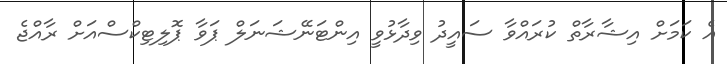
އެ ކަމަށް އިޝާރާތް ކުރައްވާ ސައީދު ވިދާޅުވީ އިންޓަނޭޝަނަލް ޕަވާ ޕޮލިޓިކްސްއަށް ރާއްޖެ